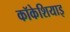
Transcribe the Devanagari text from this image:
कॉकेशियाइ